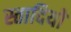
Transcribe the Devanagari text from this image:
स्तादियो